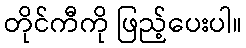
တိုင်ကီကို ဖြည့်ပေးပါ။